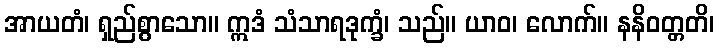
အာယတံ၊ ရှည်စွာသော။ ဣဒံ သံသာရဒုက္ခံ၊ သည်။ ယာဝ၊ လောက်။ နနိဝတ္တတိ၊